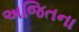
અજિતના